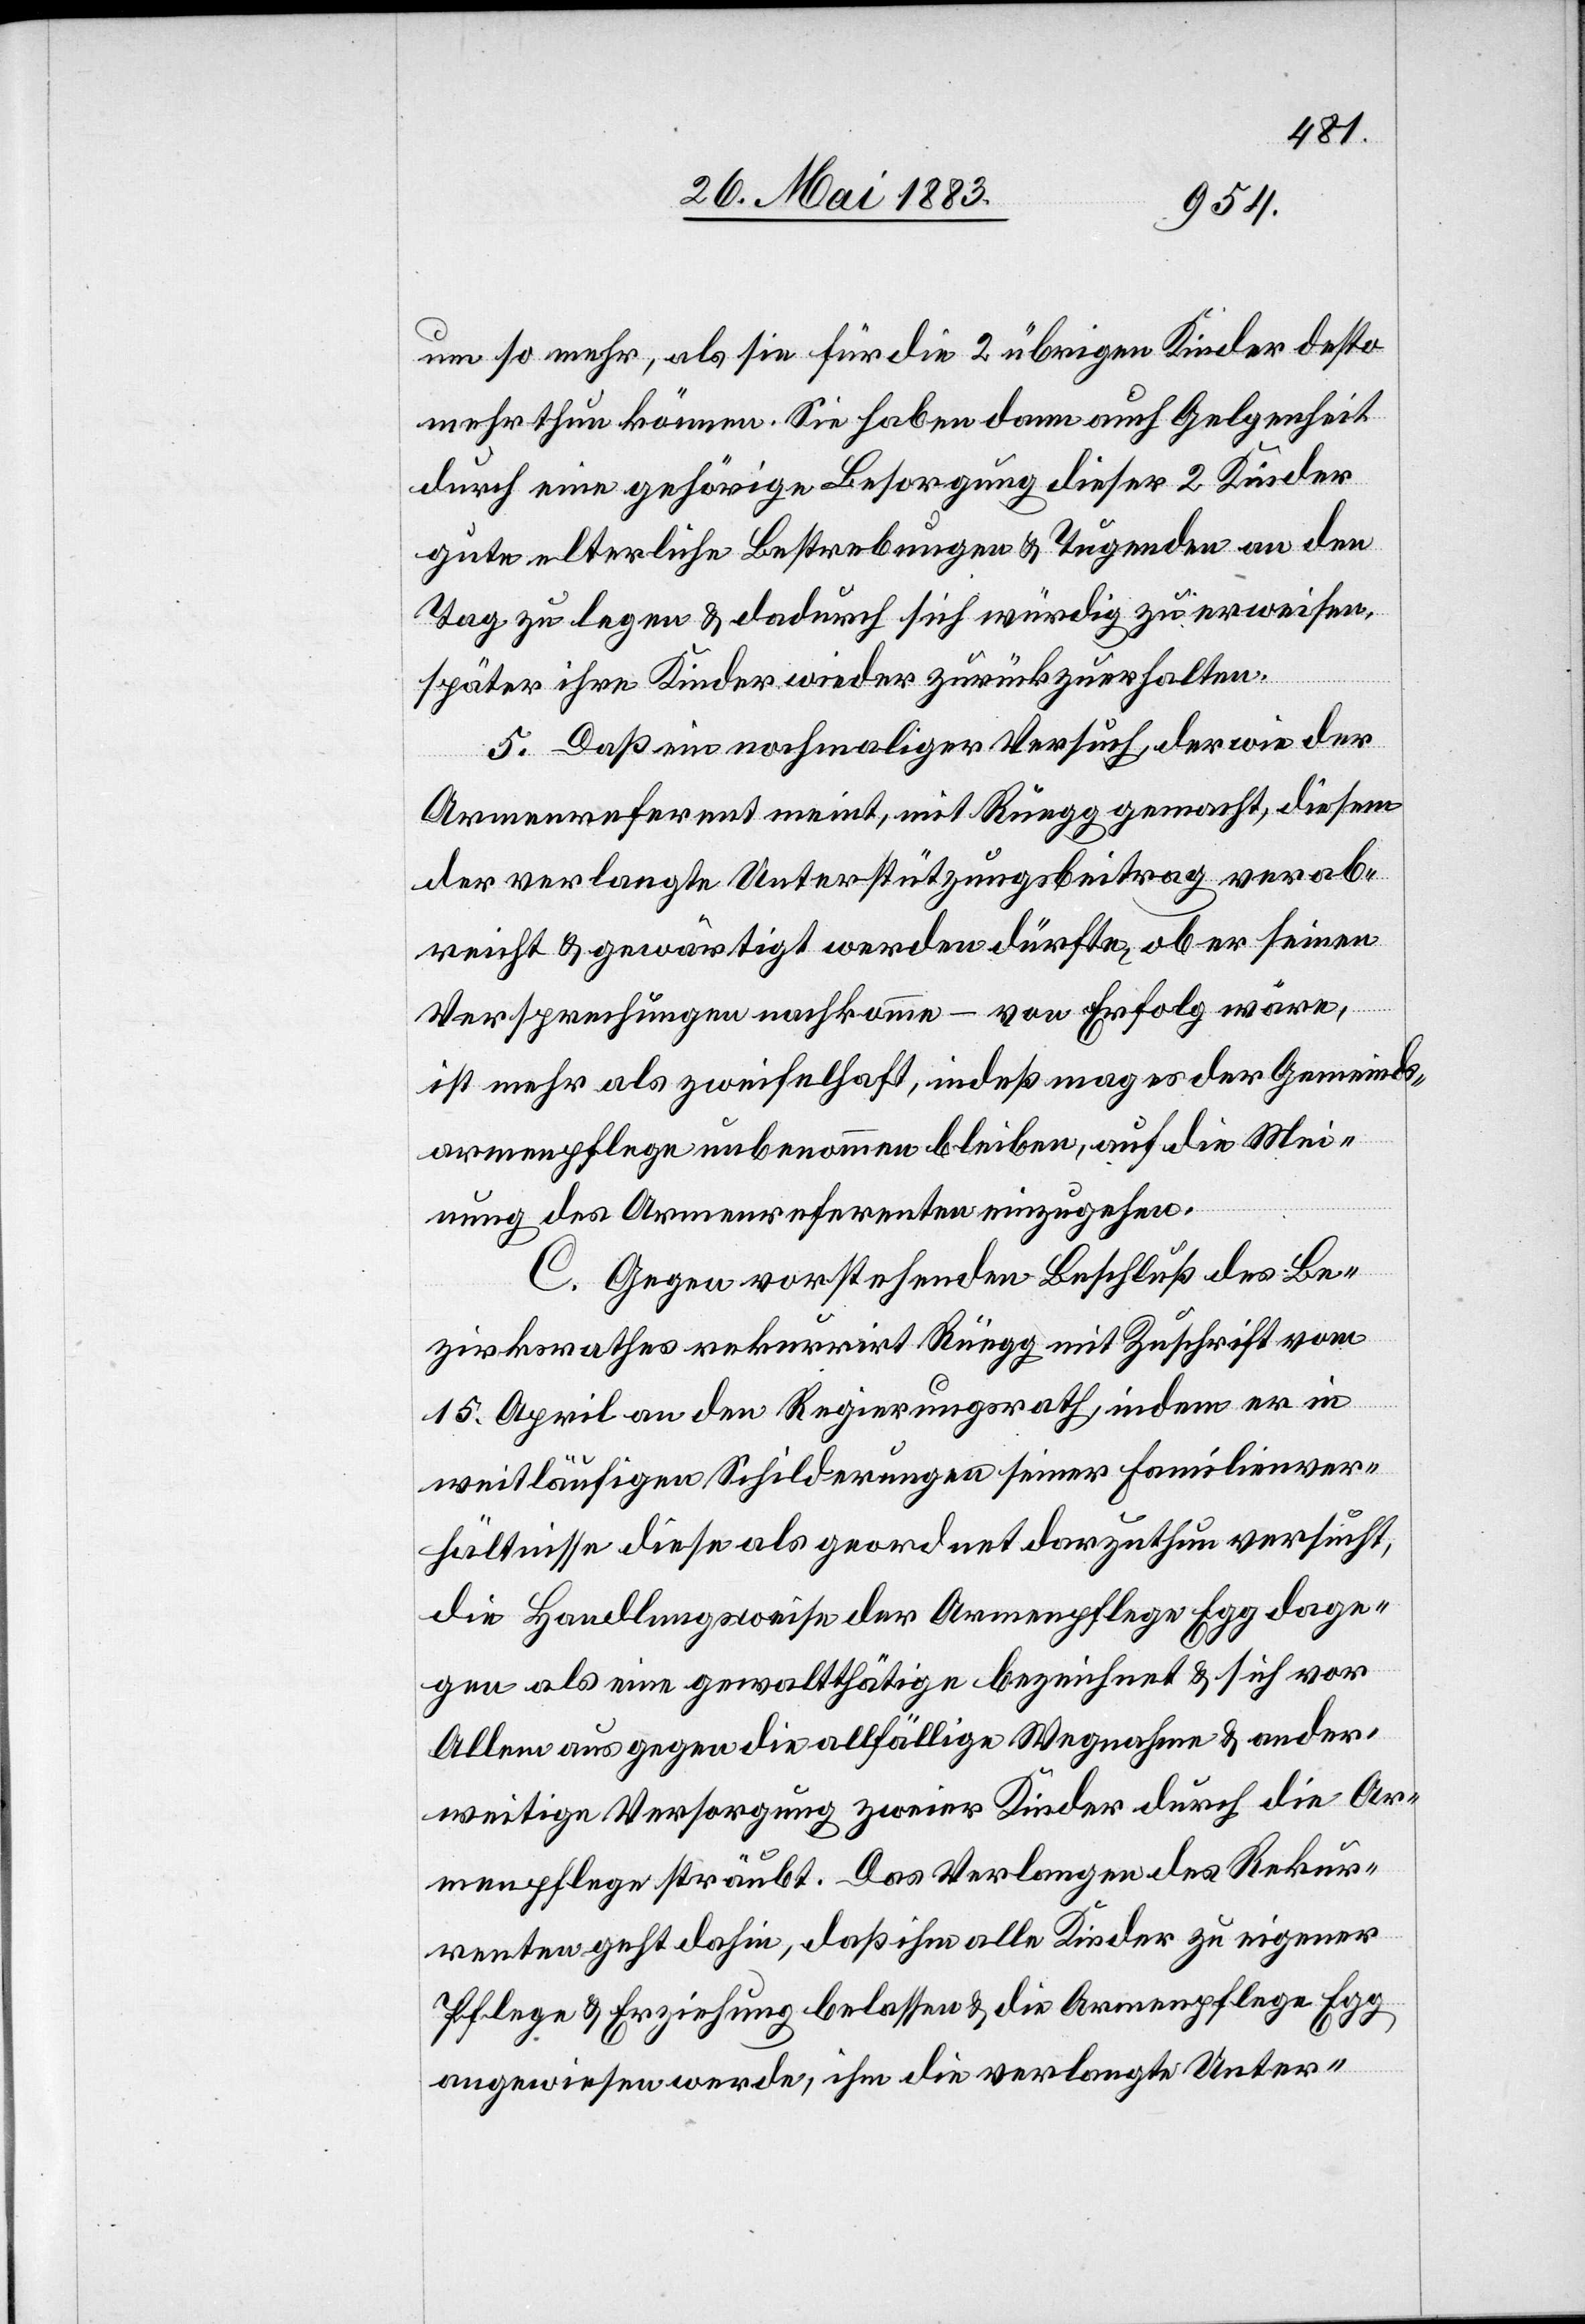
um so mehr, als sie für die 2 übrigen Kinder desto
mehr thun können. Sie haben dann auch Gelegenheit
durch eine gehörige Besorgung dieser 2 Kinder
gute elterliche Bestrebungen & Tugenden an den
Tag zu legen & dadurch sich würdig zu erweisen,
später ihre Kinder wieder zurückzuerhalten.
5. Daß ein nochmaliger Versuch, der wie der
Armenreferent meint, mit Rüegg gemacht, diesem
der verlangte Unterstützungsbeitrag verab¬
reicht & gewärtigt werden dürfte, ob er seinen
Versprechungen nachkomme – von Erfolg wäre,
ist mehr als zweifelhaft, indeß mag es der Gemeinds¬
armenpflege unbenommen bleiben, auf die Mei¬
nung des Armenreferenten einzugehen.
C. Gegen vorstehenden Beschluß des Be¬
zirksrathes rekurrirt Rüegg mit Zuschrift vom
15. April an den Regierungsrath, indem er in
weitläufigen Schilderungen seiner Familienver¬
hältnisse diese als geordnet darzuthun versucht,
die Handlungsweise der Armenpflege Egg dage¬
gen als eine gewaltthätige bezeichnet & sich vor
Allem aus gegen die allfällige Wegnahme & ander¬
weitige Versorgung zweier Kinder durch die Ar¬
menpflege sträubt. Das Verlangen des Rekur¬
renten geht dahin, daß ihm alle Kinder zu eigener
Pflege & Erziehung belassen & die Armenpflege Egg
angewiesen werde, ihm die verlangte Unter-